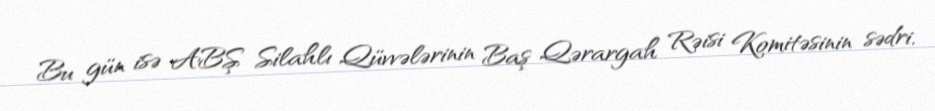
Bu gün isə ABŞ Silahlı Qüvvələrinin Baş Qərargah Rəisi Komitəsinin sədri,